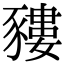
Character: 䝏